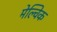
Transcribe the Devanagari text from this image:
मेल्विक